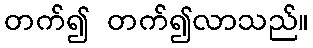
တက်၍ တက်၍လာသည်။